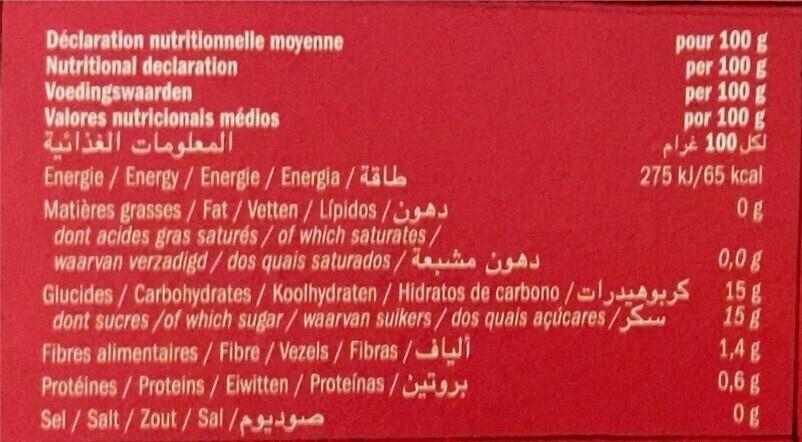
Déclaration nutritionnelle moyenne Nutritional declaration Voedingswaarden
Valores nutricionals médios
المعلومات الغذائية
Energie / Energy / Energie / Energia /
Matières grasses / Fat / Vetten / Lípidos/A dont acides gras saturés/ of which saturates/ waarvan verzadigd/dos quais saturados/as Glucides/Carbohydrates / Koolhydraten / Hidratos de carbono /
dont sucres/of which sugar/waarvan suikers/ dos quais açúcares/S
Fibres alimentaires/Fibre / Vezels / Fibras/i
Protéines / Proteins / Eiwitten / Proteínas/ Sel / Salt/Zout/Sal /
pour 100 g
per 100 g
per 100 g
por 100 g
لكل 100 غرام
275 kJ/65 kcal
08
0,0 g
15 g
15 g
1,4 g
0,6 g
og